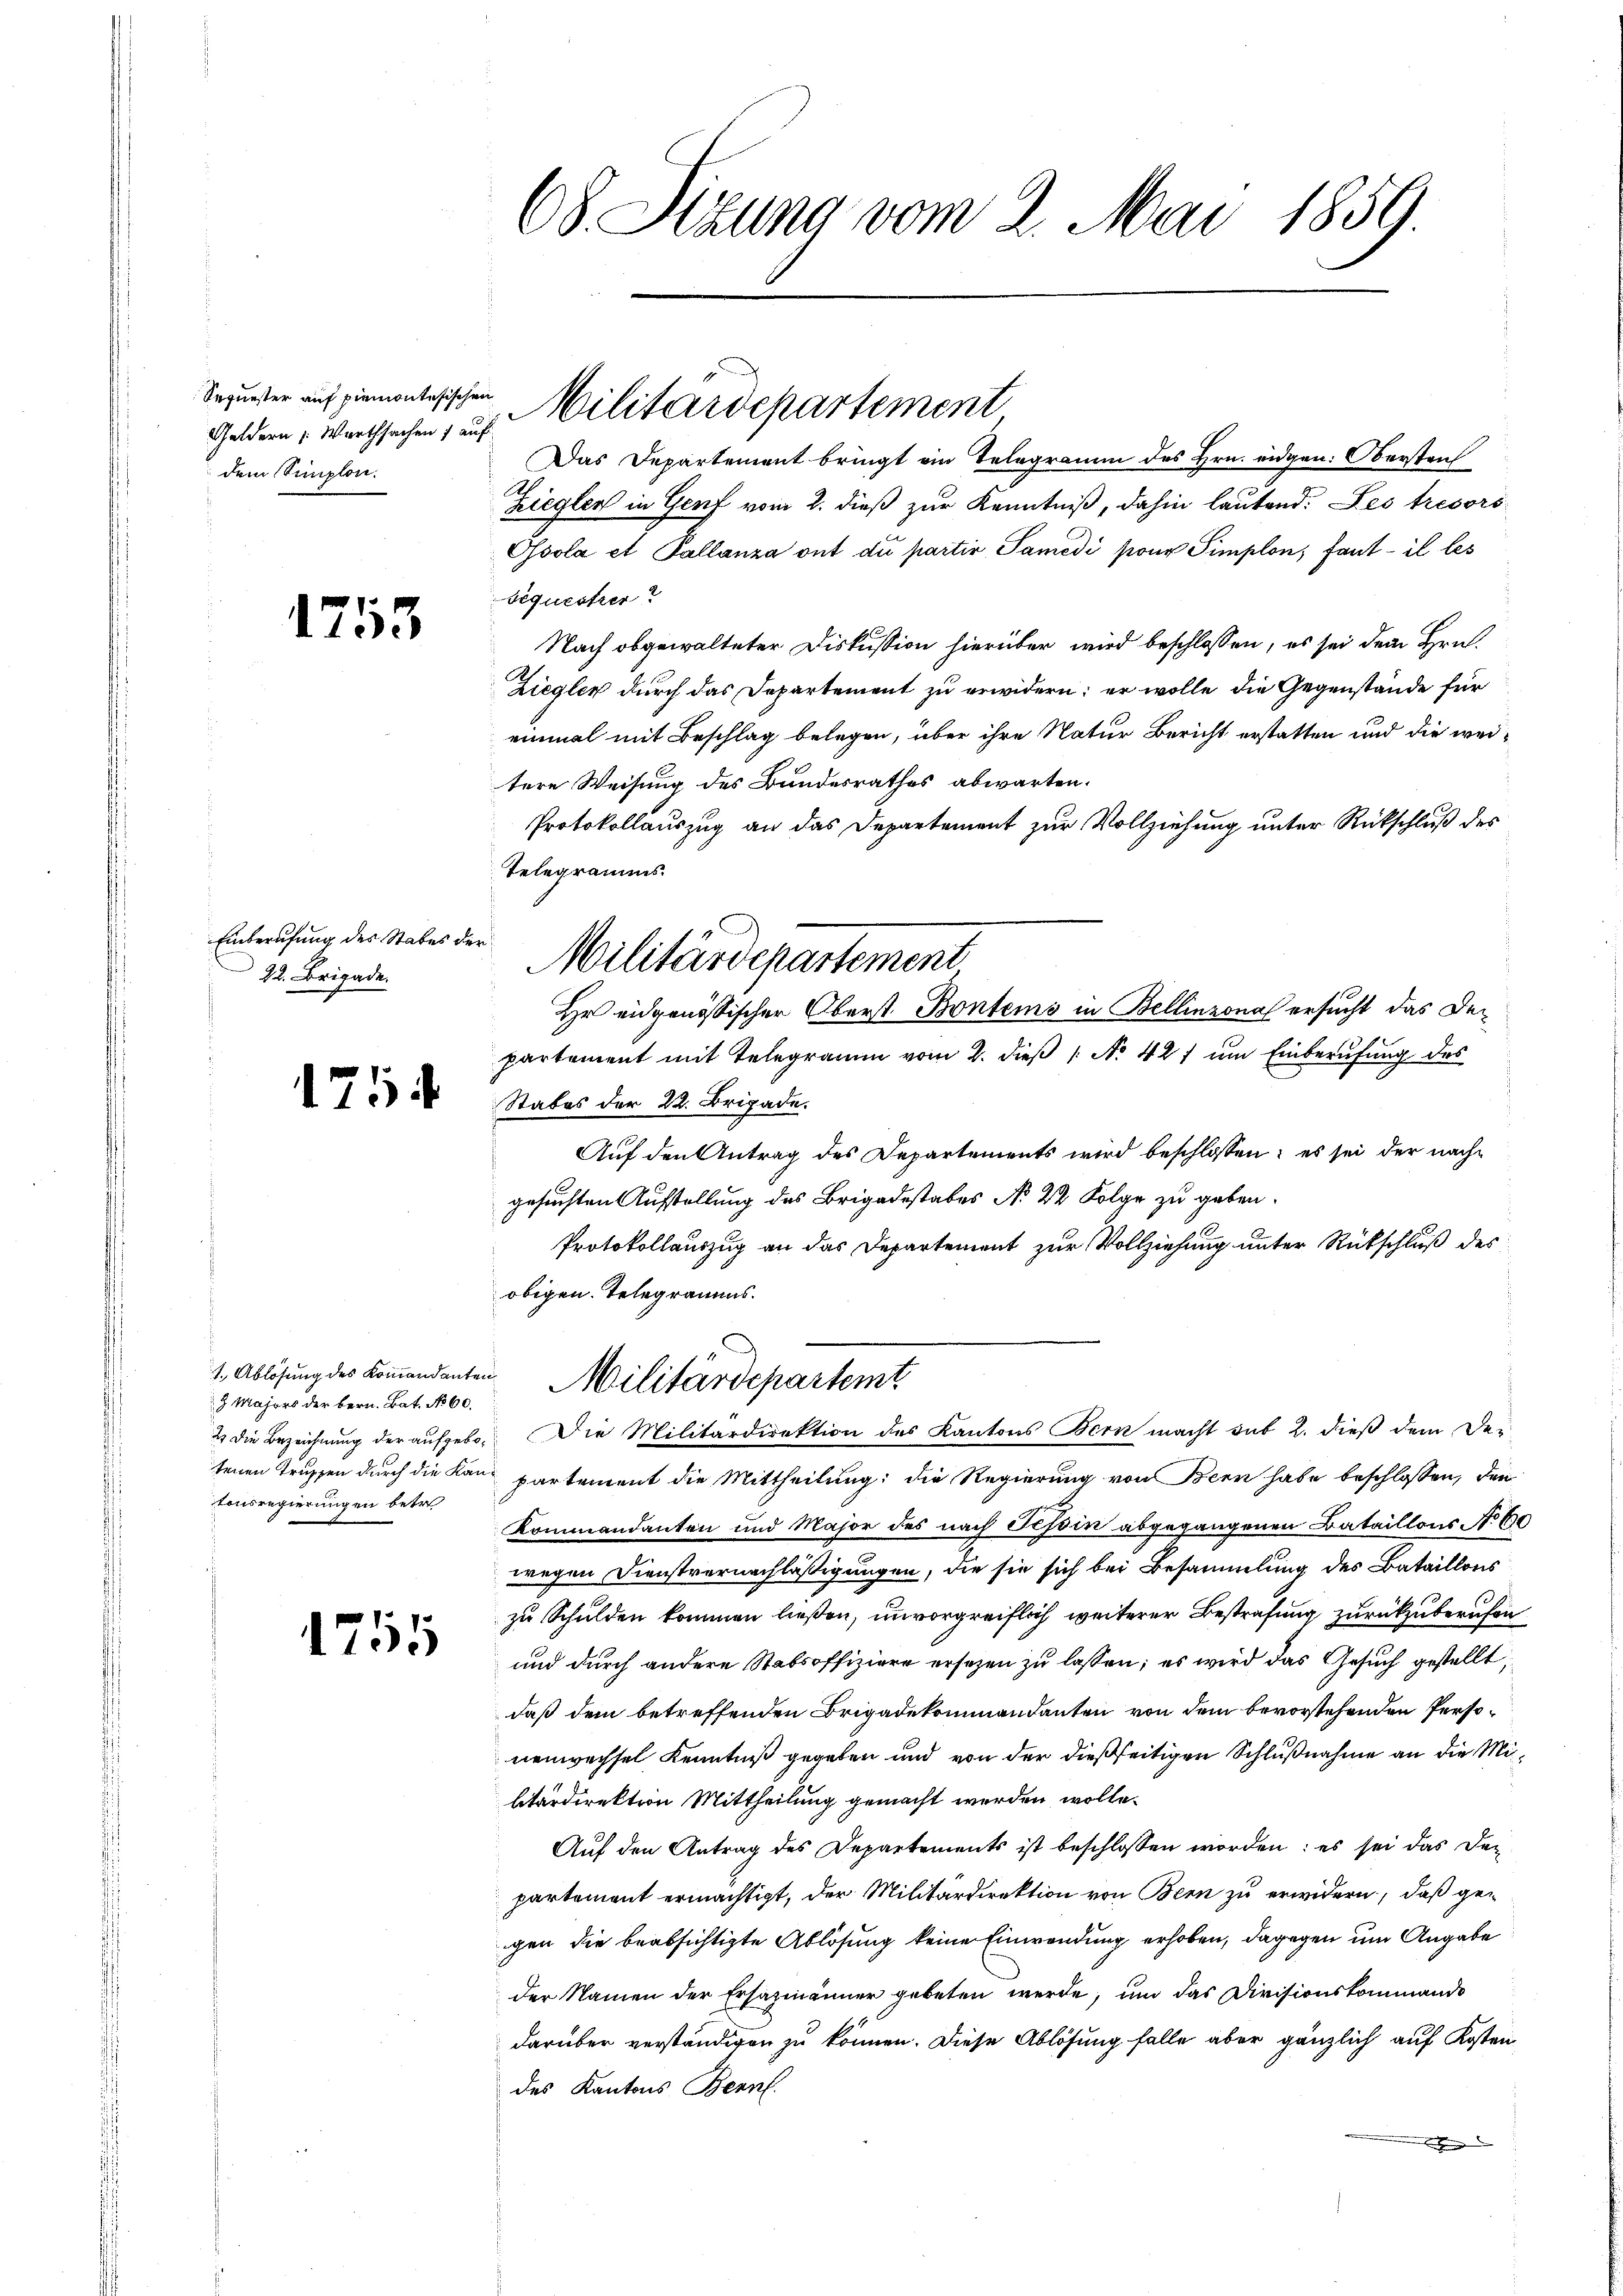
Sequester auf Piemontesischen
Geldern Werthsachen 7 auf
dem Simplon.

1753

Einberufung des Stabes der
22. Brigade.

175

Majors der bern. Bat. No 60.
2 die Bezeichnung der aufgebotonsregierungen betr

1755

68. Sitzung vom 2. Mai 1859.

Militärdepartement

Das Departement bringt ein Telegramm des Hrn. eidgen: Obersten
Ziegler in Genf vom 2. dieß zur Kenntniß, dahin lautend: Les tresors
Ossola et Pallanza ont du partir Samedi sons Simplon, fant il les
bequestrer
Nach obgewalteter Diskussion hierüber wird beschlossen, es sei dem Hrn.
Ziegler durch das Departement zu erwidern; er wolle die Gegenstände für
einmal mit Beschlag belegen, über ihre Natur Bericht erstatten und die weitere Weisung des Bundesrathes abwarten.
Protokollauszug an das Departement zur Vollziehung unter Rückschluß des
Telegramms.
Stabes der 22. Brigade.
Auf den Antrag des Departements wird beschlossen; es sei der nachgesuchten Aufstellung des Brigadestabes No 22 Folge zu geben.
Protokollauszug an das Departement zur Vollziehung unter Rückschluß des
obigen. Telegramms.
1. Ablösung des Koṁandanten Militärdepartemt
Die Militärdirektion des Kantons Bern macht sub 2. dieß dem Detenen Truppen durch die Kanz partement die Mittheilung; die Regierung von Bern habe beschlossen, den
Kommandanten und Major des nach Tessin abgegangenen Bataillons No 6
wegen Dienstvernachläßigungen, die sie sich bei Besammlung des Bataillons
zu Schulden kommen ließen, unvorgreiflich weiterer Bestrafung zurückzuberufen
und durch andere Stabsoffiziere ersetzen zu lassen; es wird das Gesuch gestellt,
daß dem betreffenden Brigadekommandanten von dem bevorstehenden Personenwechsel Kenntniß gegeben und von der dießseitigen Schlußnahme an die Militärdirektion Mittheilung gemacht werden wolle.
Auf den Antrag des Departements ist beschlossen worden: es sei das Den
partement ermächtigt, der Militärdirektion von Bern zu erwidern, daß gegen die beabsichtigte Ablösung keine Einwendung erhoben, dagegen um Angabe
der Namen der Ersatzmänner gebeten werde, um das Divisionskommando
darüber verständigen zu können. Diese Ablösung falle aber gänzlich auf Kosten
des Kantons Bern.

Militärdepartement
Hr eidgenössischer Oberst Bontems in Bellinzona ersucht das Departement mit Telegramm vom 2. dieß 1 No 427 um Einberufung des